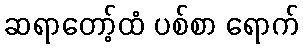
ဆရာတော့်ထံ ပစ်စာ ရောက်